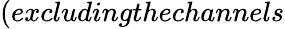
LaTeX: (excludingthechannels